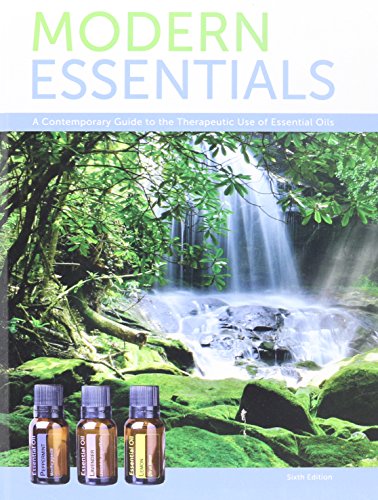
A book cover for Modern Essentials a Contemporary Guide to the Therapeutic Use of Essential Oils (6th Edition); Aroma Tools; Health, Fitness & Dieting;